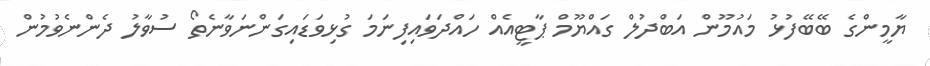
ޔާމީންގެ ބޭބޭފުޅު މައުމޫން އަބްދުލް ގައްޔޫމް ޕާޓީއެއް ހައްދަވައިފިނަމަ ގުޅިވަޑައިގަންނަވާނެތޯ ސުވާލު ދެންނެވުމުން